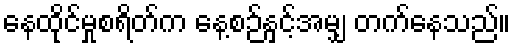
နေထိုင်မှုစရိတ်က နေ့စဉ်နှင့်အမျှ တက်နေသည်။